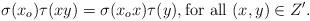
LaTeX: \begin{align*}\sigma(x_o) \tau(xy) = \sigma(x_o x) \tau(y), \textrm{for all $(x,y) \in Z'$}.\end{align*}